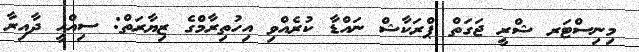
މިނިސްޓަރ ޝްރީ ޖަގަތް ޕްރަކާޝް ނައްޑާ ކުރެއްވި އިހުތިރާމްގެ ޒިޔާރަތް: ސިއްހީ ދާއިރާ